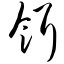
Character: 饵